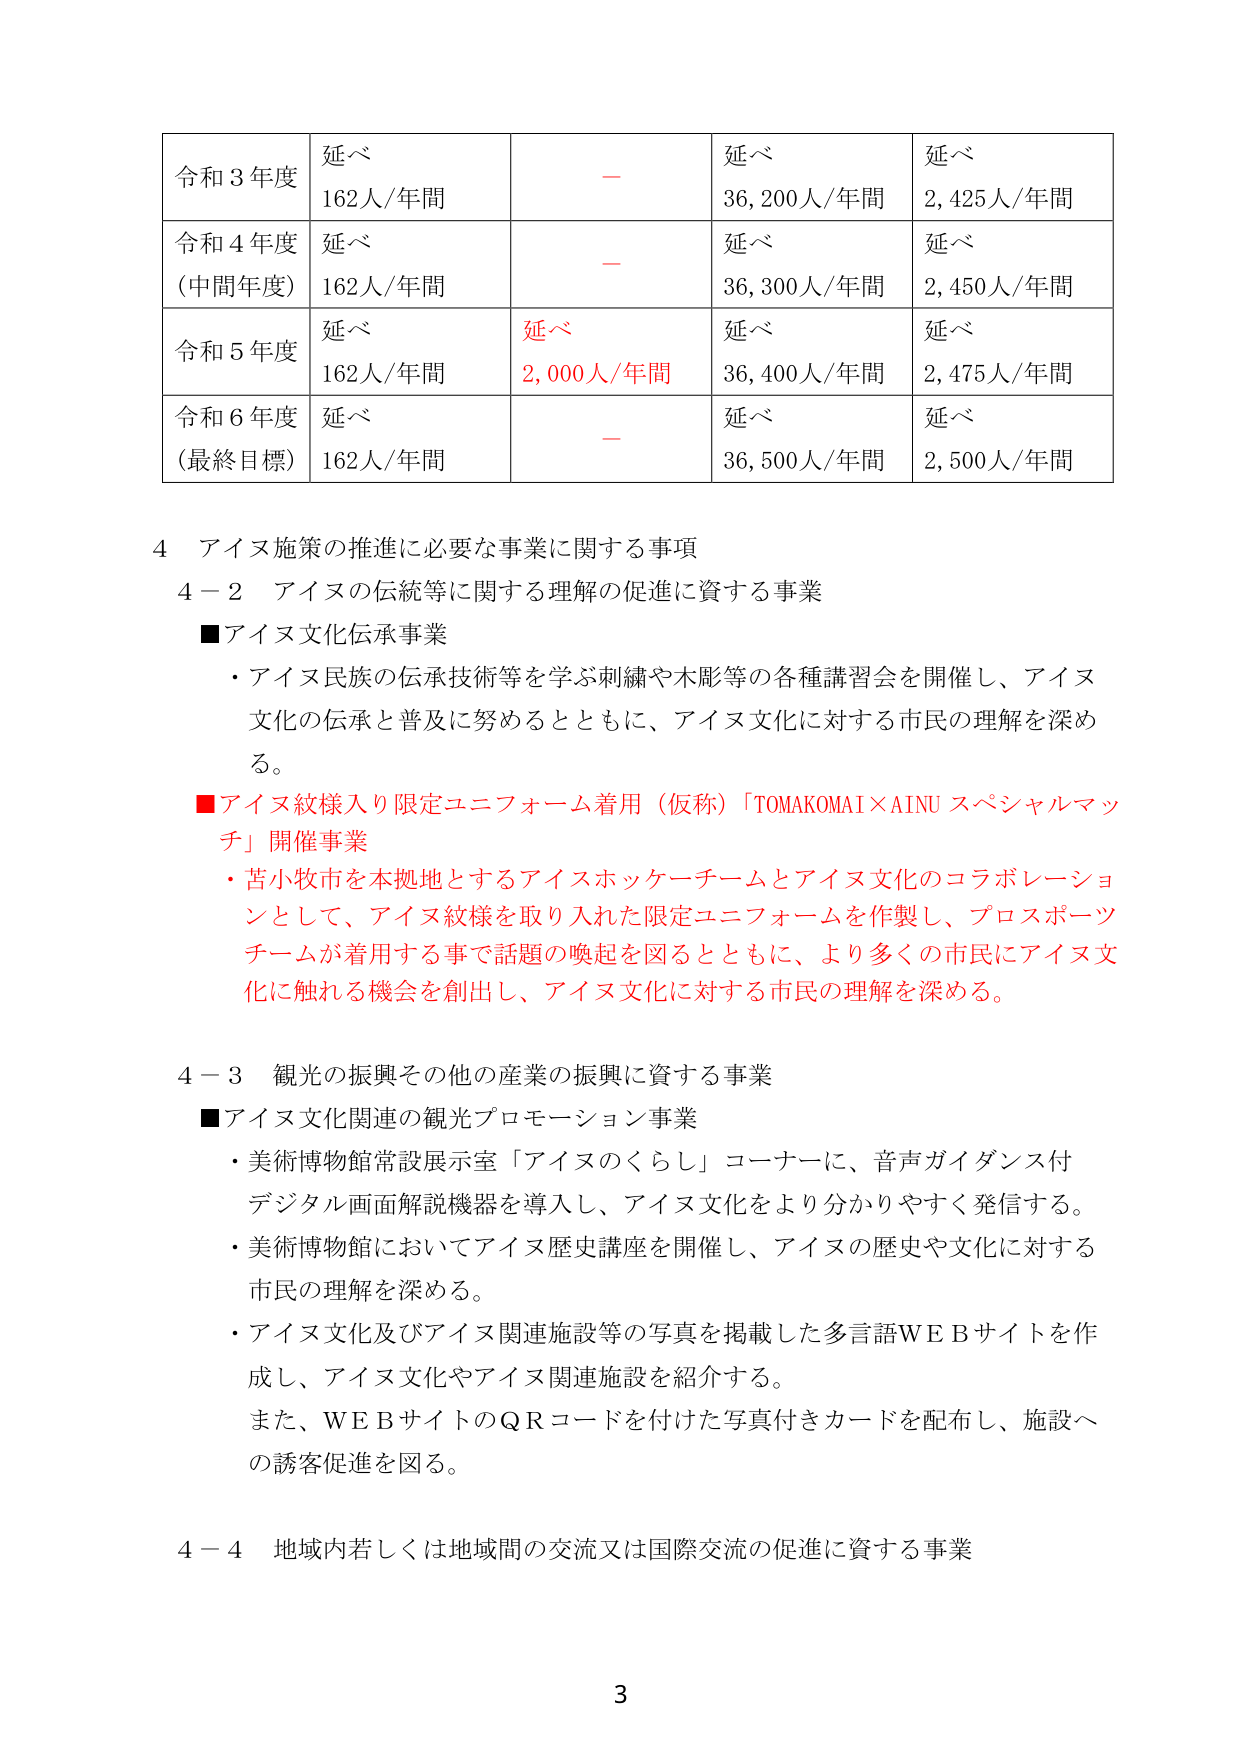
令和３年度 延べ 162人/年間 － 延べ 36,200人/年間 延べ 2,425人/年間
令和４年度 (中間年度) 延べ 162人/年間 － 延べ 36,300人/年間 延べ 2,450人/年間
令和５年度 延べ 162人/年間 延べ 2,000人/年間 延べ 36,400人/年間 延べ 2,475人/年間
令和６年度 (最終目標) 延べ 162人/年間 － 延べ 36,500人/年間 延べ 2,500人/年間

4 アイヌ施策の推進に必要な事業に関する事項
4－2 アイヌの伝統等に関する理解の促進に資する事業
■アイヌ文化伝承事業
・アイヌ民族の伝承技術等を学ぶ刺繍や木彫等の各種講習会を開催し、アイヌ文化の伝承と普及に努めるとともに、アイヌ文化に対する市民の理解を深める。
■アイヌ紋様入り限定ユニフォーム着用（仮称）「TOMAKOMAI×AINU スペシャルマッチ」開催事業
・苫小牧市を本拠地とするアイヌホッケーチームとアイヌ文化のコラボレーションとして、アイヌ紋様を取り入れた限定ユニフォームを作製し、プロスポーツチームが着用する事で話題の喚起を図るとともに、より多くの市民にアイヌ文化に触れる機会を創出し、アイヌ文化に対する市民の理解を深める。

4－3 観光の振興その他の産業の振興に資する事業
■アイヌ文化関連の観光プロモーション事業
・美術博物館常設展示室「アイヌのくらし」コーナーに、音声ガイダンス付デジタル画面解説機器を導入し、アイヌ文化をより分かりやすく発信する。
・美術博物館においてアイヌ歴史講座を開催し、アイヌの歴史や文化に対する市民の理解を深める。
・アイヌ文化及びアイヌ関連施設等の写真を掲載した多言語ＷＥＢサイトを作成し、アイヌ文化やアイヌ関連施設を紹介する。
また、ＷＥＢサイトのＱＲコードを付けた写真付きカードを配布し、施設への誘客促進を図る。

4－4 地域内若しくは地域間の交流又は国際交流の促進に資する事業

3